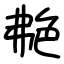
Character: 艴